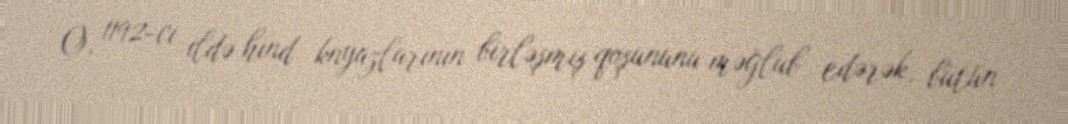
O, 1192-ci ildə hind knyazlarının birləşmiş qoşununu məğlub edərək, bütün